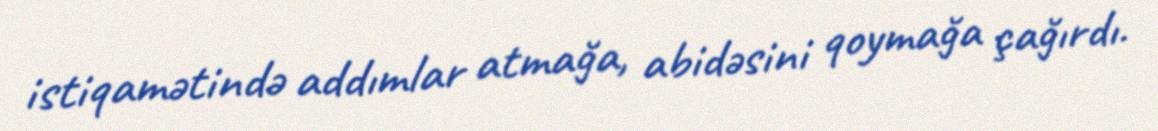
istiqamətində addımlar atmağa, abidəsini qoymağa çağırdı.